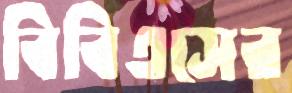
বিবিএসের